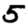
Digit: 5